Report of the Indian Hemp Drugs Commission, 1894-1895 - Volume IV
Year: 1894
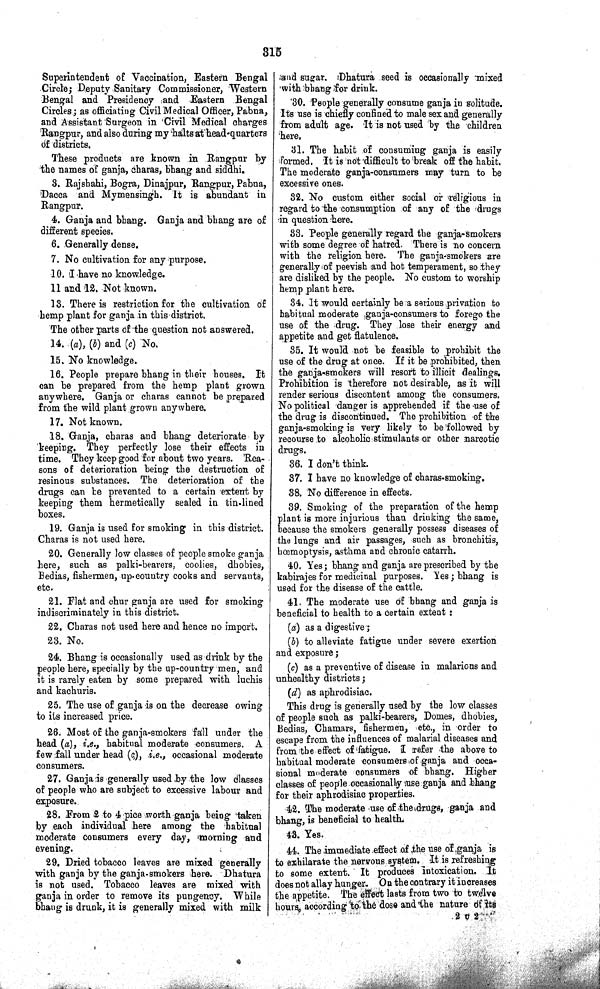
315
Superintendent of Vaccination, Eastern Bengal
Circle; Deputy Sanitary Commissioner, Western
Bengal and Presidency and Eastern Bengal
Circles; as officiating Civil Medical Officer, Pabna,
and Assistant Surgeon in Civil Medical charges
Rangpur, and also during my halts at head-quarters
of districts.
These products are known in Rangpur by
the names of ganja, charas, bhang and siddhi.
3. Rajshahi, Bogra, Dinajpur, Rangpur, Pabna,
Dacca and Mymensingh. It is abundant in
Rangpur.
4. Ganja and bhang. Ganja and bhang are of
different species.
6. Generally dense.
7. No cultivation for any purpose.
10. I have no knowledge.
11 and 12. Not known.
13. There is restriction for the cultivation of
hemp plant for ganja in this district.
The other parts of the question not answered.
14. (a), (b) and (c) No.
15. No knowledge.
16. People prepare bhang in their houses. It
can be prepared from the hemp plant grown
anywhere. Ganja or charas cannot be prepared
from the wild plant grown anywhere.
17. Not known.
18. Ganja, charas and bhang deteriorate by
keeping. They perfectly lose their effects in
time. They keep good for about two years. Rea-
sons of deterioration being the destruction of
resinous substances. The deterioration of the
drugs can be prevented to a certain extent by
keeping them hermetically sealed in tin-lined
boxes.
19. Ganja is used for smoking in this district.
Charas is not used here.
20. Generally low classes of people smoke ganja
here, such as palki-bearers, coolies, dhobies,
Bedias, fishermen, up country cooks and servants,
etc.
21. Flat and chur ganja are used for smoking
indiscriminately in this district.
22. Charas not used here and hence no import.
23. No.
24. Bhang is occasionally used as drink by the
people here, specially by the up-country men, and
it is rarely eaten by some prepared with luchis
and kachuris.
25. The use of ganja is on the decrease owing
to its increased price.
26. Most of the ganja-smokers fall under the
head (a), i.e., habitual moderate consumers. A
few fall under head (c), i.e., occasional moderate
consumers.
27. Ganja is generally used by the low classes
of people who are subject to excessive labour and
exposure.
28. From 2 to 4 pice worth ganja being taken
by each individual here among the habitual
moderate consumers every day, morning and
evening.
29. Dried tobacco leaves are mixed generally
with ganja by the ganja-smokers here. Dhatura
is not used. Tobacco leaves are mixed with
ganja in order to remove its pungency. While
bhang is drunk, it is generally mixed with milk
and sugar. Dhatura seed is occasionally mixed
with bhang for drink.
30. People generally consume ganja in solitude.
Its use is chiefly confined to male sex and generally
from adult age. It is not used by the children
here.
31. The habit of consuming ganja is easily
Formed. It is not difficult to break off the habit.
The moderate ganja-consumers may turn to be
excessive ones.
32. No custom either social or religious in
regard to the consumption of any of the drugs
in question here.
33. People generally regard the ganja-smokers
with some degree of hatred. There is no concern
with the religion here. The ganja-smokers are
generally of peevish and hot temperament, so they
are disliked by the people. No custom to worship
hemp plant here.
34. It would certainly be a serious privation to
habitual moderate ganja-consumers to forego the
use of the drug. They lose their energy and
appetite and get flatulence.
35. It would not be feasible to prohibit the
use of the drug at once. If it be prohibited, then
the ganja-smokers will resort to illicit dealings.
Prohibition is therefore not desirable, as it will
render serious discontent among the consumers.
No political danger is apprehended if the use of
the drug is discontinued. The prohibition of the
ganja-smoking is very likely to be followed by
recourse to alcoholic stimulants or other narcotic
drugs.
36. I don't think.
37. I have no knowledge of charas-smoking.
38. No difference in effects.
39. Smoking of the preparation of the hemp
plant is more injurious than drinking the same,
because the smokers generally possess diseases of
the lungs and air passages, such as bronchitis,
hœmoptysis, asthma and chronic catarrh.
40. Yes; bhang and ganja are prescribed by the
kabirajes for medicinal purposes. Yes; bhang is
used for the disease of the cattle.
41. The moderate use of bhang and ganja is
beneficial to health to a certain extent:
(a) as a digestive;
(b) to alleviate fatigue under severe exertion
and exposure;
(c) as a preventive of disease in malarious and
unhealthy districts;
(d) as aphrodisiac.
This drug is generally used by the low classes
of people such as palki-bearers, Domes, dhobies,
Bedias, Chamars, fishermen, etc., in order to
escape from the influences of malarial diseases and
from the effect of fatigue. I refer the above to
habitual moderate consumers of ganja and occa-
sional moderate consumers of bhang. Higher
classes of people occasionally use ganja and bhang
for their aphrodisiac properties.
42. The moderate use of the drugs, ganja and
bhang, is beneficial to health.
43. Yes.
44. The immediate effect of the use of ganja is
to exhilarate the nervous system. It is refreshing
to some extent. It produces intoxication. It
does not allay hunger. On the contrary it increases
the appetite. The effect lasts from two to twelve
hours, according to the dose and the nature of its
2 U 2